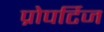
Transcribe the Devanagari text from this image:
प्रोपर्टिज